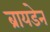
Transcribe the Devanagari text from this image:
ब्रायडेन